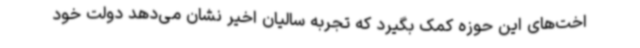
اخت‌های این حوزه کمک بگیرد که تجربه سالیان اخیر نشان می‌دهد دولت خود